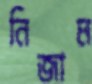
নিজাম